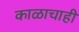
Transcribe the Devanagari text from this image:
काळाचाही